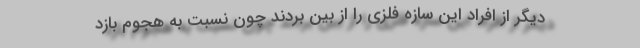
دیگر از افراد این سازه فلزی را از بین بردند چون نسبت به هجوم بازد